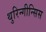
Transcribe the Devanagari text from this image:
थुरिन्गीन्सिस